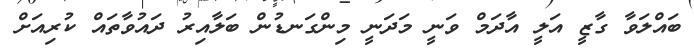
ބައްލަވާ ގާޒީ އަލީ އާދަމް ވަނީ މަދަނީ މިންގަނޑުން ބަލާއިރު ދައުވާތައް ކުރިއަށް